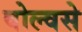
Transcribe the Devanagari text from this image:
वोल्वसे